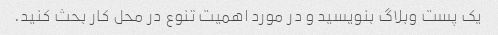
یک پست وبلاگ بنویسید و در مورد اهمیت تنوع در محل کار بحث کنید.